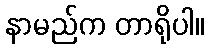
နာမည်က တာရိုပါ။